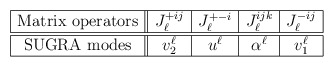
\begin{align*}\begin{array}{|c||c|c|c|c|}\hline\mbox{Matrix operators} &J_{\ell}^{+ij}&J_{\ell}^{+-i}& J_{\ell}^{ijk} & J_{\ell}^{-ij} \\\hline\hline\mbox{SUGRA modes} &v^{\ell}_2 & u^{\ell} & \alpha^{\ell} & v_1^{\ell} \\\hline\end{array}\end{align*}